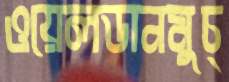
ওয়েলডানমুচ্‌